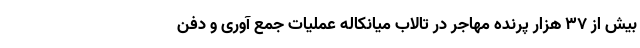
بیش از ۳۷ هزار پرنده مهاجر در تالاب میانکاله عملیات جمع آوری و دفن